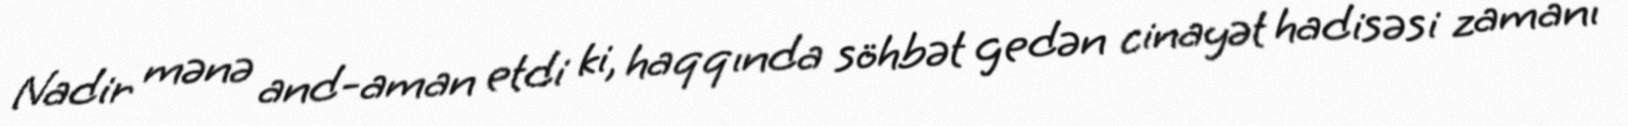
Nadir mənə and-aman etdi ki, haqqında söhbət gedən cinayət hadisəsi zamanı